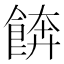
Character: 餴